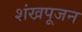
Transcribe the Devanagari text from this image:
शंखपूजन